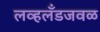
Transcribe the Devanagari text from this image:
लव्हलँडजवळ